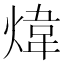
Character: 煒